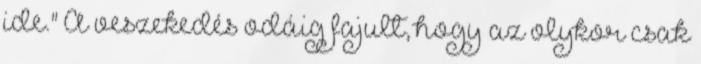
ide." A veszekedés odáig fajult, hogy az olykor csak